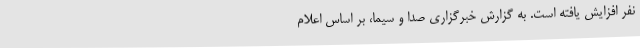
نفر افزایش یافته است. به گزارش خبرگزاری صدا و سیما، بر اساس اعلام